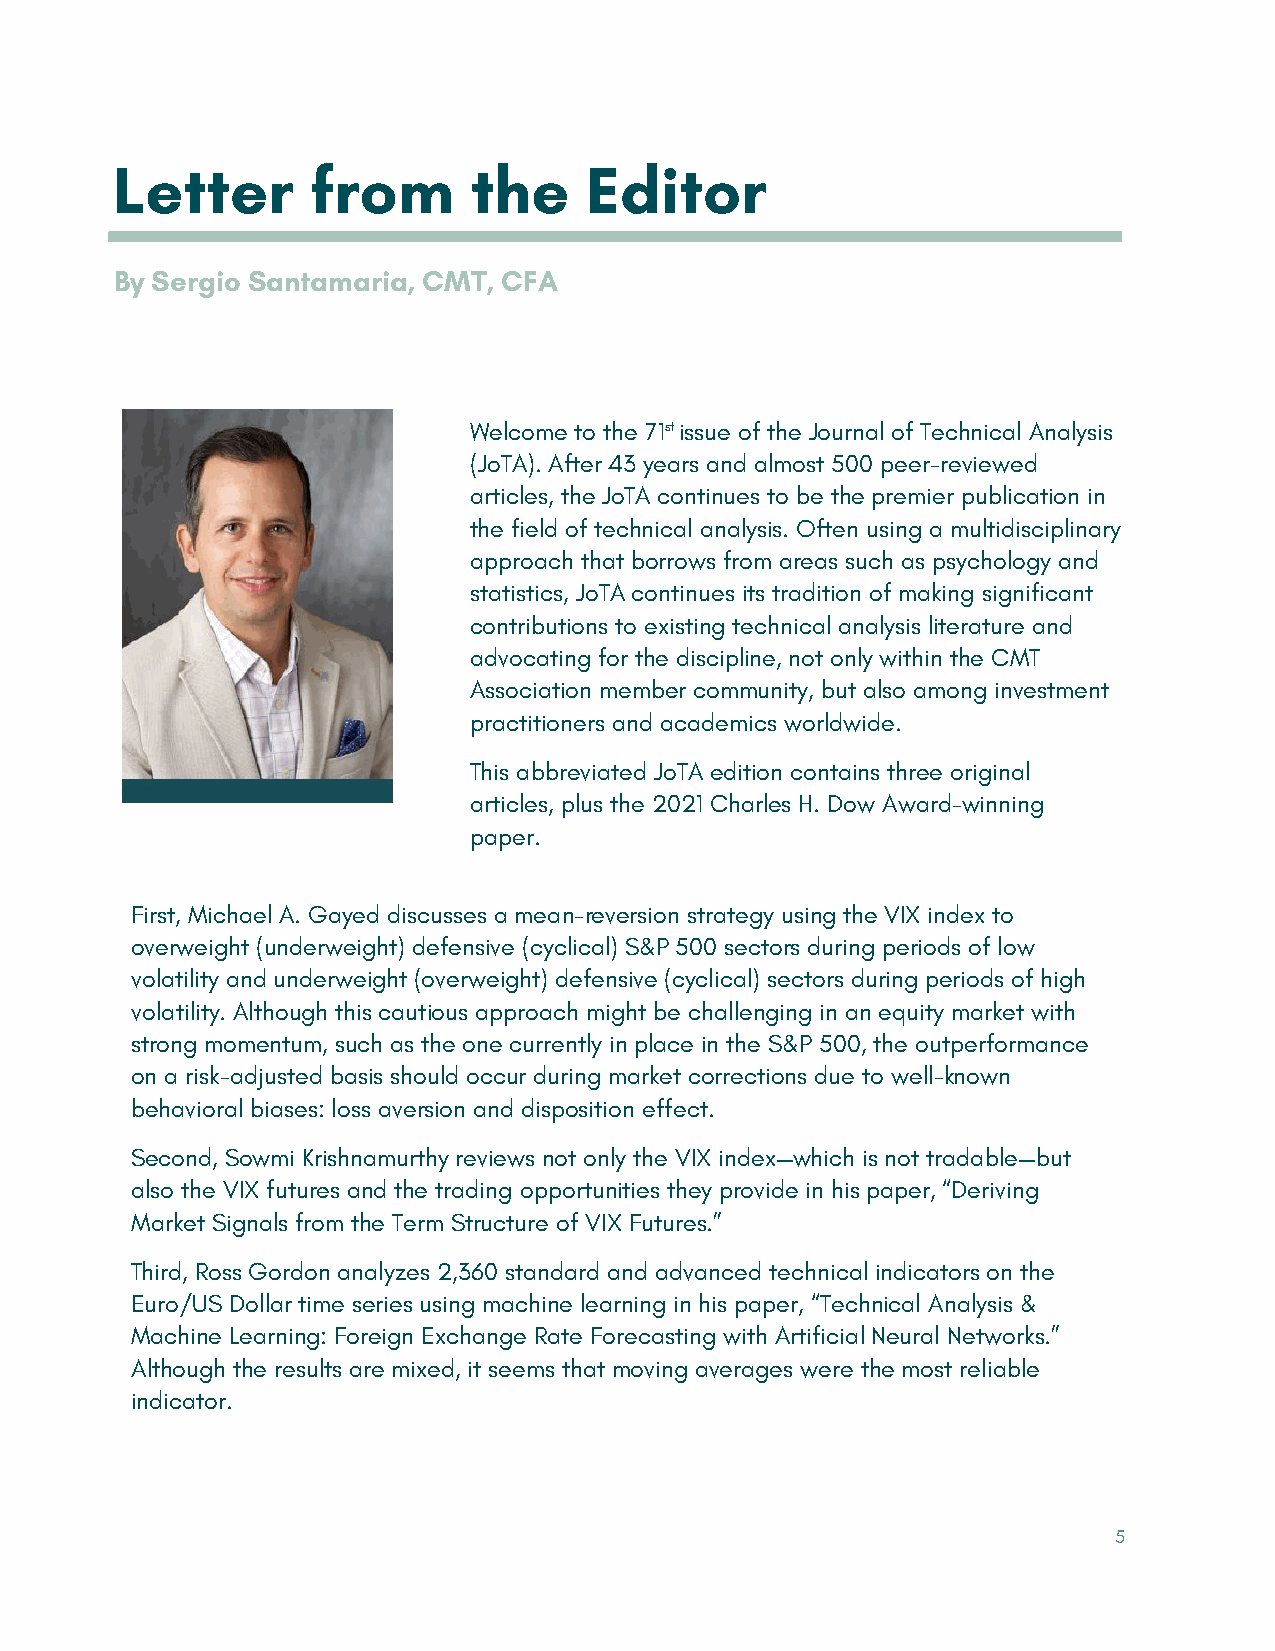
Letter        from      the     Editor
 By Sergio Santamaria, CMT, CFA
 Welcome to the 71st issue of the Journal of Technical Analysis
 (JoTA). After 43 years and almost 500 peer-reviewed
 articles, the JoTA continues to be the premier publication in
 the field of technical analysis. Often using a multidisciplinary
 approach that borrows from areas such as psychology and
 statistics, JoTA continues its tradition of making significant
 contributions to existing technical analysis literature and
 advocating for the discipline, not only within the CMT
 Association member community, but also among investment
 practitioners and academics worldwide.
 This abbreviated JoTA edition contains three original
 articles, plus the 2021 Charles H. Dow Award-winning
 paper.
 First, Michael A. Gayed discusses a mean-reversion strategy using the VIX index to
 overweight (underweight) defensive (cyclical) S&P 500 sectors during periods of low
 volatility and underweight (overweight) defensive (cyclical) sectors during periods of high
 volatility. Although this cautious approach might be challenging in an equity market with
 strong momentum, such as the one currently in place in the S&P 500, the outperformance
 on a risk-adjusted basis should occur during market corrections due to well-known
 behavioral biases: loss aversion and disposition effect.
 Second, Sowmi Krishnamurthy reviews not only the VIX index—which is not tradable—but
 also the VIX futures and the trading opportunities they provide in his paper, “Deriving
 Market Signals from the Term Structure of VIX Futures.”
 Third, Ross Gordon analyzes 2,360 standard and advanced technical indicators on the
 Euro/US Dollar time series using machine learning in his paper, “Technical Analysis &
 Machine Learning: Foreign Exchange Rate Forecasting with Artificial Neural Networks.”
 Although the results are mixed, it seems that moving averages were the most reliable
 indicator.
 5